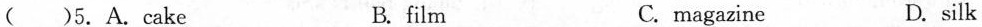
( )5.A.cake B.film C.magazine D.silk